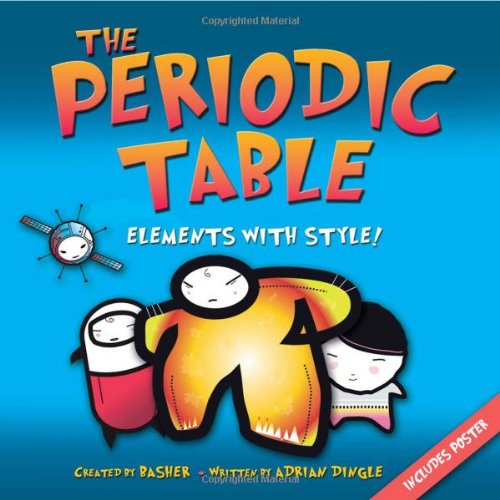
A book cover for The Periodic Table: Elements with Style!; Simon Basher; Children's Books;